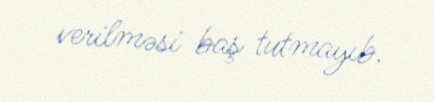
verilməsi baş tutmayıb.